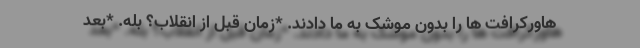
هاورکرافت ها را بدون موشک به ما دادند. *زمان قبل از انقلاب؟ بله. *بعد